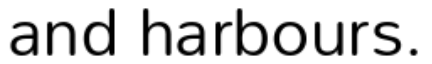
and harbours.